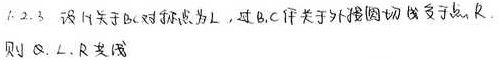
1.2.3 设 \(A\) 关于 \(BC\) 对称点为 \(L\)，过 \(B,C\) 作关于外接圆切线交于点 \(R\)，则 \(A,L,R\) 共线。